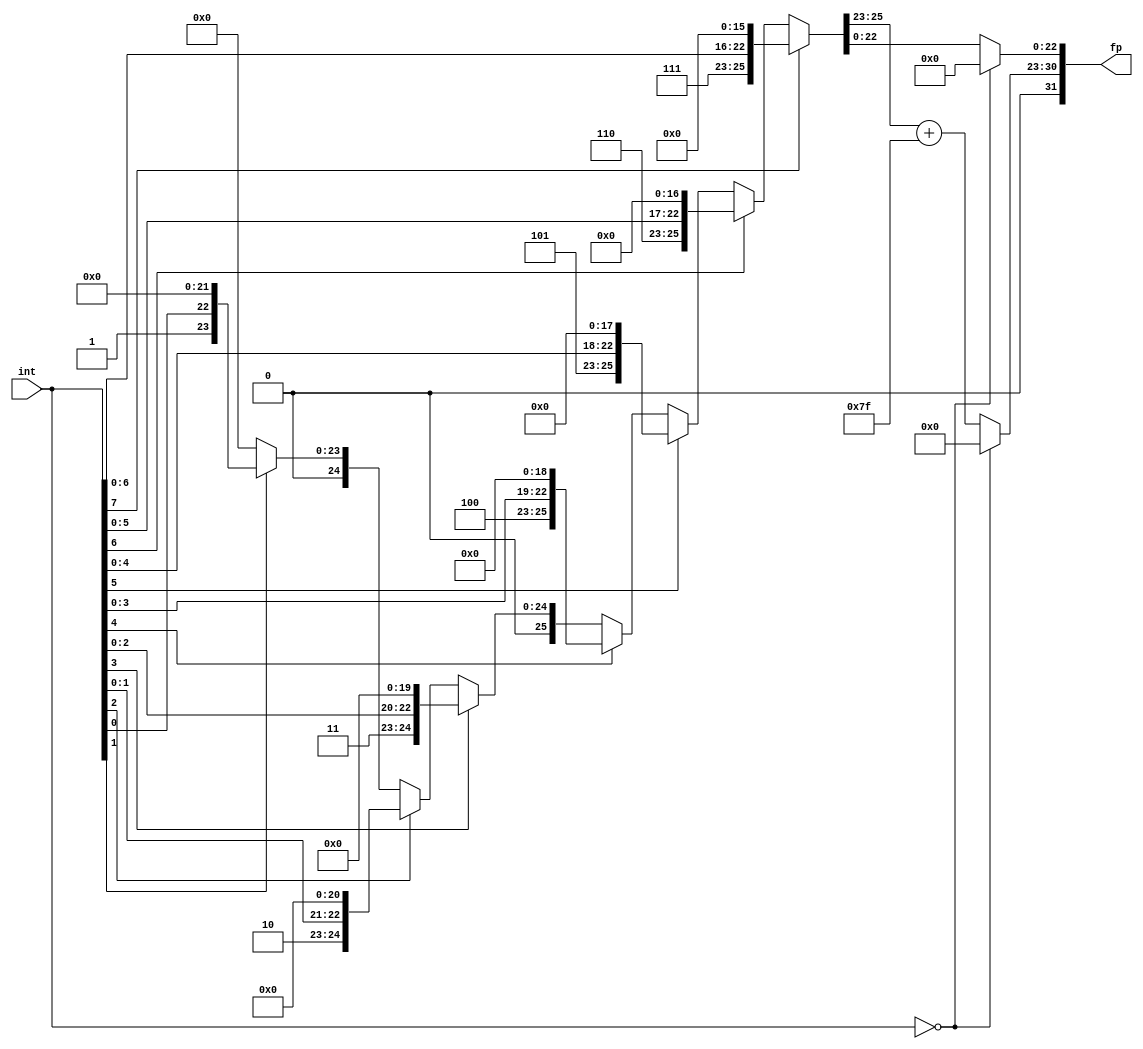
`timescale 1ns / 1ps
//////////////////////////////////////////////////////////////////////////////////
// Company: 
// Engineer: 
// 
// Design Name: 
// Module Name: integer_to_fp
// Project Name: 
// Target Devices: 
// Tool Versions: 
// Description: 
// 
// Dependencies: 
// 
// Revision:
// Revision 0.01 - File Created
// Additional Comments:
// 
//////////////////////////////////////////////////////////////////////////////////


module int_to_fp(
    input [7:0] int,
    output [31:0] fp
    );
    assign fp[31] = 1'b0;      //sign bit always 0
    wire [7:0]exponent;
    wire [22:0]mantissa;
    //if input[x]=1 => exponent=x => 2^x
    //mantissa[22:0]= {input[x:0],22-x'd0}
    assign {exponent, mantissa} = (int[7]) ? {8'd7, {int[6:0], 16'd0}}: 
                                  (int[6]) ? {8'd6, {int[5:0], 17'd0}}: 
                                  (int[5]) ? {8'd5, {int[4:0], 18'd0}}: 
                                  (int[4]) ? {8'd4, {int[3:0], 19'd0}}: 
                                  (int[3]) ? {8'd3, {int[2:0], 20'd0}}: 
                                  (int[2]) ? {8'd2, {int[1:0], 21'd0}}: 
                                  (int[1]) ? {8'd1, {int[0]  , 22'd0}}: 
                                                    {8'd0, 23'd0};                   
    assign fp[30:23] = (int == 0) ? 8'd0 : exponent + 8'd127;
    assign fp[22:0]  =  (int == 0) ? 8'd0 : mantissa;
endmodule